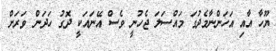
ޔޫހާ އާއި އަހަންނާމެދުގަ މައްސަލަ ޖެހުނީ ވެސް އޭނައަކީ ދޮގު ހަދަން ވަރަށް